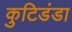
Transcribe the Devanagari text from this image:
कुटिडंडा